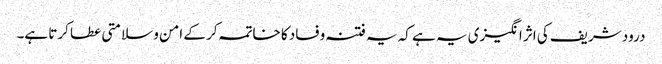
درود شریف کی اثر انگیزی یہ ہے کہ یہ فتنہ وفساد کا خاتمہ کر کے امن و سلامتی عطا کرتا ہے۔